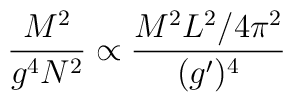
{M^2 \over g^4 N^2} \propto {M^2 L^2/4\pi^2 \over(g')^4}